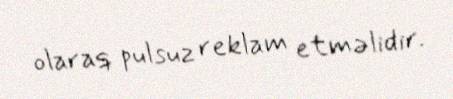
olaraq pulsuz reklam etməlidir.